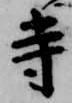
寺